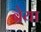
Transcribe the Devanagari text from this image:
ब्रेया